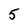
Character: 5